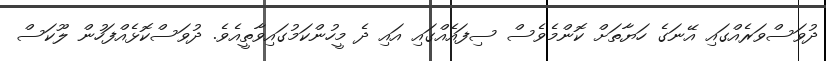
ދުވަސްވަރެއްގައި އޭނަގެ ހަޔާތަށް ކޮންމެވެސް ސިފައެއްގައި އައި ދެ މީހުންކަމުގައިވާތީއެވެ. ދުވަސްކޮޅެއްފަހުން ލޫކަސް